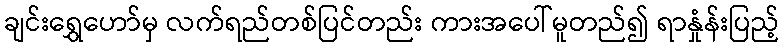
ချင်းရွှေဟော်မှ လက်ရည်တစ်ပြင်တည်း ကားအပေါ်မူတည်၍ ရာနှုံန်းပြည့်